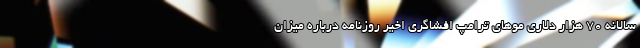
سالانه 70 هزار دلاری موهای ترامپ افشاگری اخیر روزنامه درباره میزان